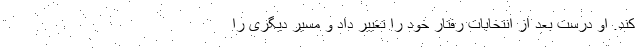
کند. او درست بعد از انتخابات رفتار خود را تغییر داد و مسیر دیگری را